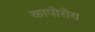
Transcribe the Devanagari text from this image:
कापोरोव